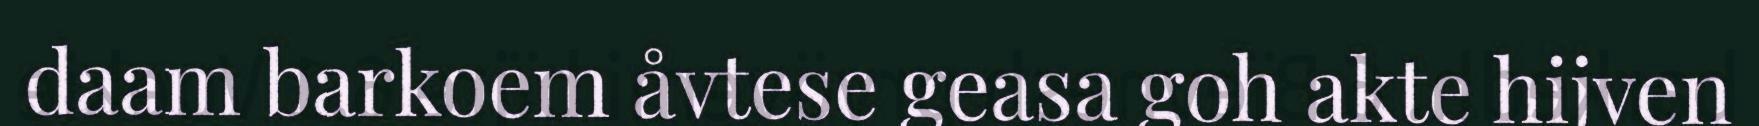
daam barkoem åvtese geasa goh akte hijven